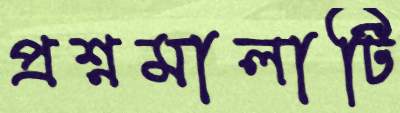
প্রশ্নমালাটি